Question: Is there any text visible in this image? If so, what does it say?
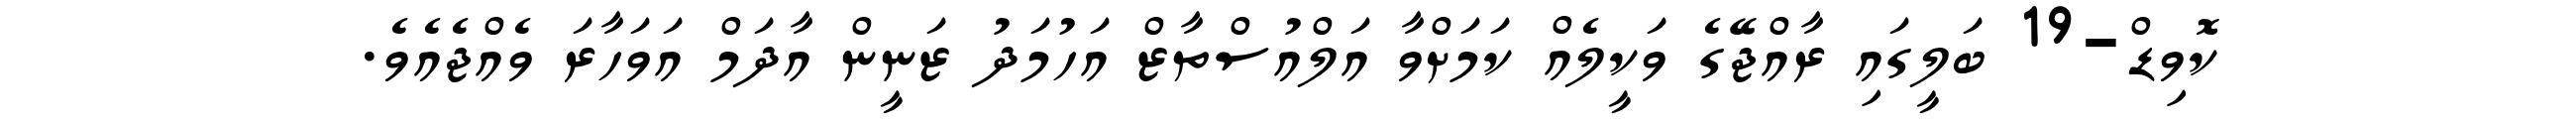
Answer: ކޮވިޑް-19 ބަލީގައި ރާއްޖޭގެ ވަކީލެއް ކަމަށްވާ އަލްއުސްތާޒް އަހުމަދު ޒަނީން އާދަމް އަވަހާރަ ވެއްޖެއެވެ.